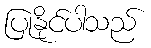
ပြုနိုင်ပါသည်